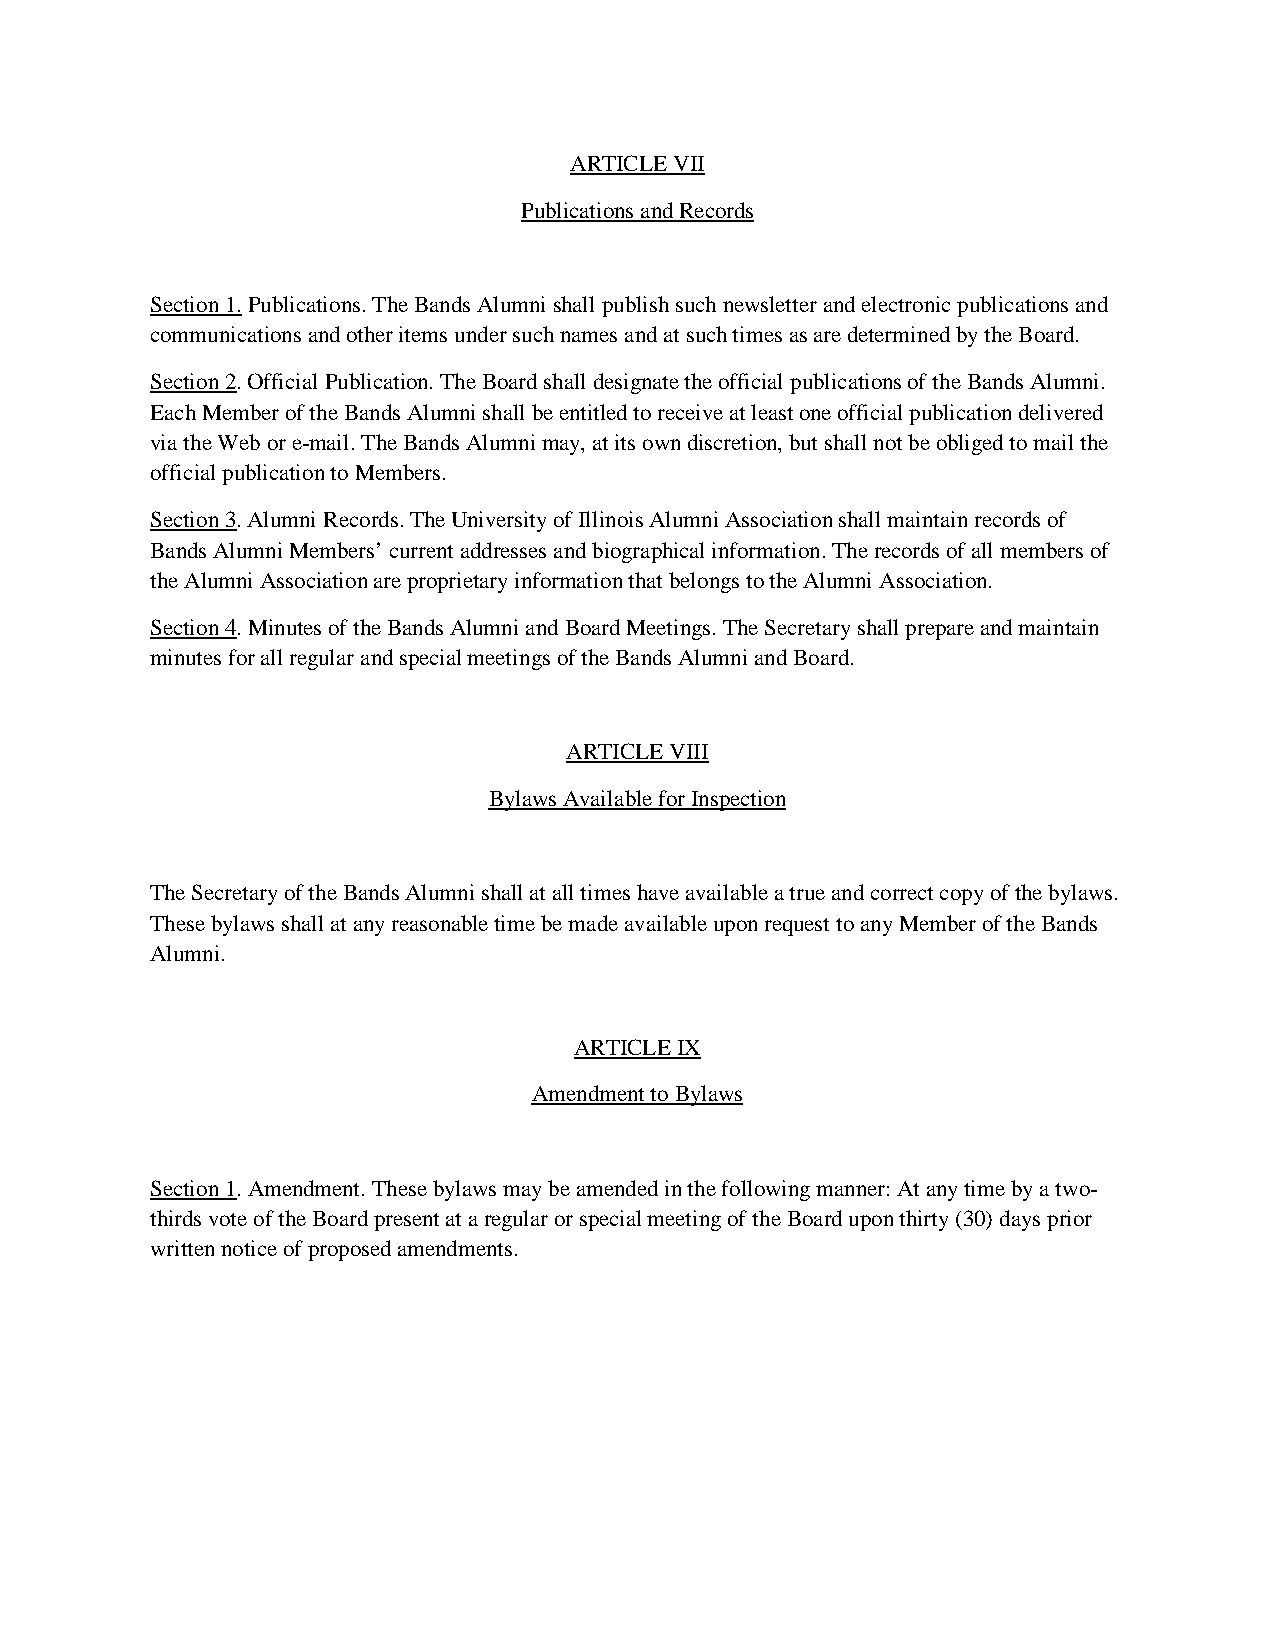
ARTICLE VII
 Publications and Records
 Section 1. Publications. The Bands Alumni shall publish such newsletter and electronic publications and
 communications and other items under such names and at such times as are determined by the Board.
 Section 2. Official Publication. The Board shall designate the official publications of the Bands Alumni.
 Each Member of the Bands Alumni shall be entitled to receive at least one official publication delivered
 via the Web or e-mail. The Bands Alumni may, at its own discretion, but shall not be obliged to mail the
 official publication to Members.
 Section 3. Alumni Records. The University of Illinois Alumni Association shall maintain records of
 Bands Alumni Members’ current addresses and biographical information. The records of all members of
 the Alumni Association are proprietary information that belongs to the Alumni Association.
 Section 4. Minutes of the Bands Alumni and Board Meetings. The Secretary shall prepare and maintain
 minutes for all regular and special meetings of the Bands Alumni and Board.
 ARTICLE VIII
 Bylaws Available for Inspection
 The Secretary of the Bands Alumni shall at all times have available a true and correct copy of the bylaws.
 These bylaws shall at any reasonable time be made available upon request to any Member of the Bands
 Alumni.
 ARTICLE IX
 Amendment to Bylaws
 Section 1. Amendment. These bylaws may be amended in the following manner: At any time by a two-
 thirds vote of the Board present at a regular or special meeting of the Board upon thirty (30) days prior
 written notice of proposed amendments.